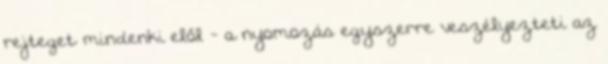
rejteget mindenki elől - a nyomozás egyszerre veszélyezteti az